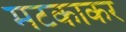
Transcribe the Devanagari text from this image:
मटकाकर